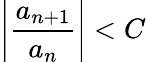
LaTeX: \left\vert{\frac{a_{n+1}}{a_{n}}}\right\vert<C